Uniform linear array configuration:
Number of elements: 12
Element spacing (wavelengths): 0.75
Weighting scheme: uniform
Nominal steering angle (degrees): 15
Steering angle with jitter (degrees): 14.478
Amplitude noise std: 0.05
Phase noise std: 0.05

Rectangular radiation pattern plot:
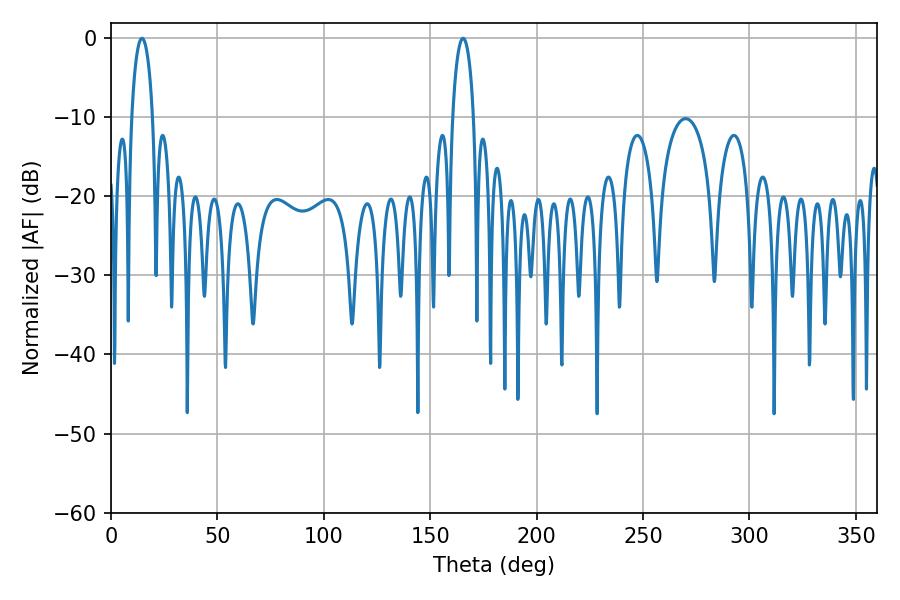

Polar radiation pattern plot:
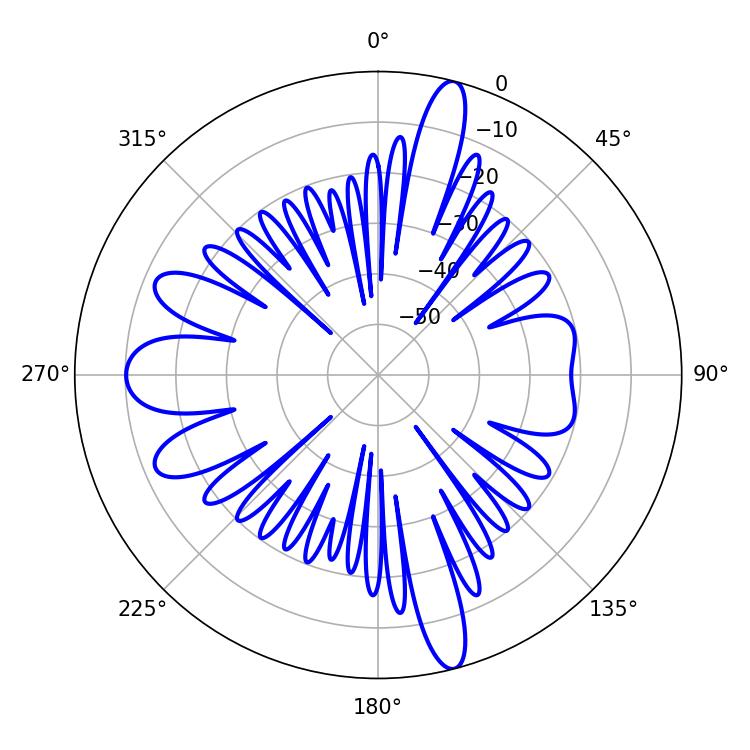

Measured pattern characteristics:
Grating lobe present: TRUE
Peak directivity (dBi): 20.003
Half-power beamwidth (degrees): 5.76
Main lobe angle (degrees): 14.58